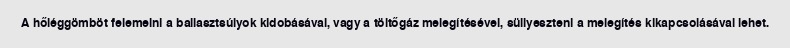
A hőléggömböt felemelni a ballasztsúlyok kidobásával, vagy a töltőgáz melegítésével, süllyeszteni a melegítés kikapcsolásával lehet.